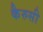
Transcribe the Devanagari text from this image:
कैरुसी